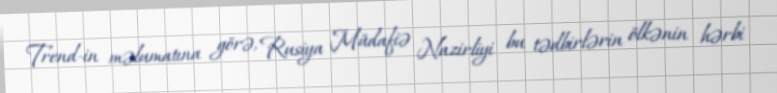
Trend-in məlumatına görə, Rusiya Müdafiə Nazirliyi bu tədbirlərin ölkənin hərbi